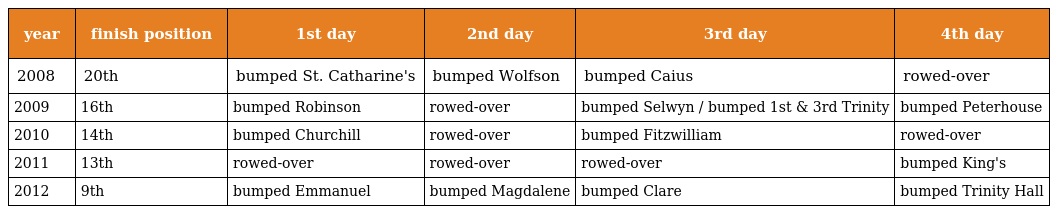
| year | finish position | 1st day | 2nd day | 3rd day | 4th day |
 | --- | --- | --- | --- | --- | --- |
 | 2008 | 20th | bumped St. Catharine's | bumped Wolfson | bumped Caius | rowed-over |
 | 2009 | 16th | bumped Robinson | rowed-over | bumped Selwyn / bumped 1st & 3rd Trinity | bumped Peterhouse |
 | 2010 | 14th | bumped Churchill | rowed-over | bumped Fitzwilliam | rowed-over |
 | 2011 | 13th | rowed-over | rowed-over | rowed-over | bumped King's |
 | 2012 | 9th | bumped Emmanuel | bumped Magdalene | bumped Clare | bumped Trinity Hall |